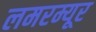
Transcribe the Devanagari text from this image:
लमरम्यूर